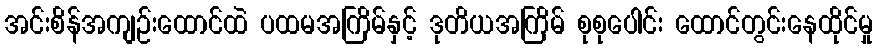
အင်းစိန်အကျဉ်းထောင်ထဲ ပထမအကြိမ်နှင့် ဒုတိယအကြိမ် စုစုပေါင်း ထောင်တွင်းနေထိုင်မှု